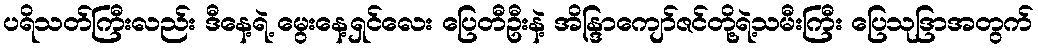
ပရိသတ်ကြီးလည်း ဒီနေ့ရဲ့ မွေးနေ့ရှင်လေး ပြေတီဦးနဲ့ အိန္ဒြာကျော်ဇင်တို့ရဲ့သမီးကြီး ပြေသုဒြာအတွက်